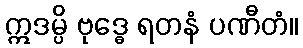
ဣဒမ္ပိ ဗုဒ္ဓေ ရတနံ ပဏီတံ။